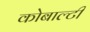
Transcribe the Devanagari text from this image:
कोबाल्टी